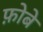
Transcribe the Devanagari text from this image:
फ़ोबे